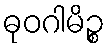
ဓုဝဂါမိဉ္စ